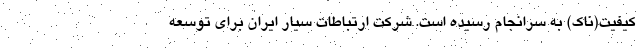
کیفیت(ناک) به سرانجام رسیده است. شرکت ارتباطات سیار ایران برای توسعه